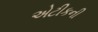
એટીકની